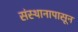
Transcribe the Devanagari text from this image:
संस्थानापासून